Report of the King Institute of Preventive Medicine, Guindy
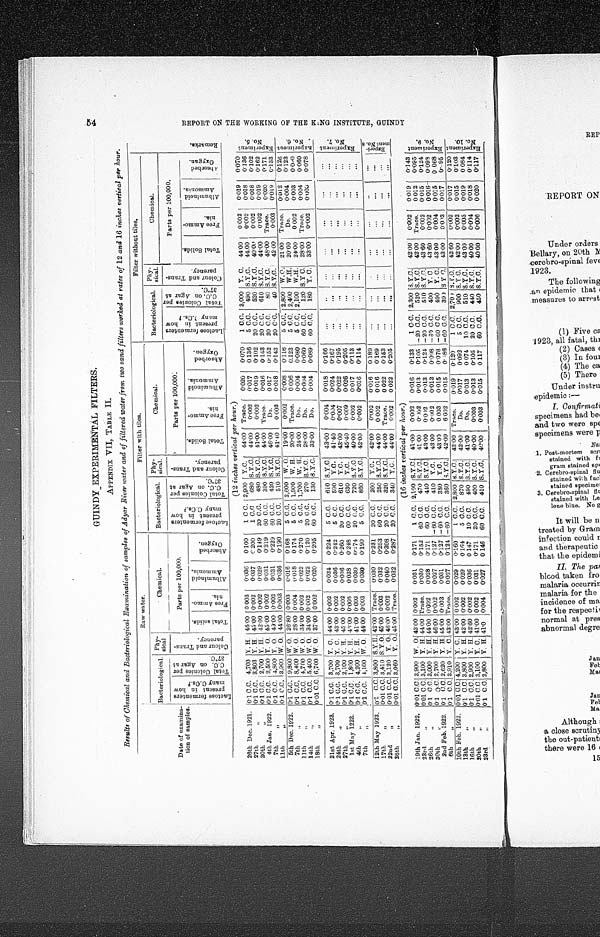
GUINDY EXPERIMENTAL FILTERS,
APPENDIX VII, TABLE II.
Results of Chemical and Bacteriological Examination of samples of Adyar River water and of filtered water from two sand filters worked at rates of 12 and 16 inches vertical per hour.
Date of examina-
tion of samples.
Raw water.
Filter with tiles.
Filter without tiles.
R e m a r k s .
Bacteriological.
Phy-
sical
Chemical.
Bacteriological.
Phy-
sical.
Chemical.
Bacteriological.
Phy-
sical.
Chemical.
Parts per 100,000.
Lactose
L a c t o s e f e r m e n t e r s p r e s e n t i n h o w m a n y C . C s . ?
T o t a l C o l o n i e s p e r C . C . o n A g a r a t 3 7 º C .
Parts per 100,000.
L a c t o s e f e r m e n t e r s p r e s e n t i n h o w m a n y C . C s . ?
T o t a l C o l o n i e s p e r C . C . o n A g a r a t 3 7 º C .
C o l o u r a n d T r a n s - p a r e n c y .
L a c t o s e f e r m e n t e r s p r e s e n t i n h o w m a n y C . C s . ?
T o t a l C o l o n i e s p e r C . C . o n A g a r a t 3 7 º C .
C o l o u r a n d T r a n s - p a r e n c y .
Parts per 100,000.
C o l o u r a n d T r a n s - p a r e n c y . T o t a l s o l i d s .
F r e e A m m o - n i a .
A l b u m i n o i d A m m o n i a .
A b s o r b e d O x y g e n .
T o t a l S o l i d s .
F r e e A m m o - n i a .
A l b u m i n o i d A m m o n i a .
A b s o r b e d O x y g e n .
T o t a l S o l i d s .
F r e e A m m o - n i a .
A l d u m i n o i d A m m o n i a .
A b s o r b e d O x y g a n .
(12 inches vertical per hour. )
26th Dec. 1921.
0.1 C.C. 4,700 Y. H. 46.00
0.003
0.036
0.100
1 C C. 2,900
Y.C.
44.00
Trace.
0.020
0.070
1 C.C. 3,000
Y. C.
44.00
0.002
0.019
0.070
E x p e r i m e n t N o . 5 .
27th "
0.1 C.C. 3,803 Y. H. 45.00 0.002
0.037
0.200
1 C.C
680 S. Y.C.
44.00
0.002
0.017
0.136
5 C.C.
490 S.Y.C.
44.00
0.002
0.018
0.136
30th "
0.1 C.C.
2,700 Y. H. 42.00 0.002 0.029
0.149
20 C.C.
480 S.Y.C.
41.00
0.002
0.019
0.102
20 C.C.
520 S.Y.C.
40.00
0.002
0.018
0.102
4th Jan. 1922.
0.1 C.C. 2,500 Y. O. 45.00 0.002
0.031
0.219
60 C.C.
390 S.Y.C.
44.00
Trace.
0.016
0.143
20 C.C.
610
S . Y . C
44.00
0.002
0.019
0.162
7th "
0.1 C.C.
4,800 Y. O.
49.00 0.002
0.031
0.229
60 C.C.
420 S.Y.C.
46.00
Do.
0.017
0.152
20 C.C.
80 S.Y.C.
48.00
Trace.
0.020
0.171
11t h "
0.1 C.C. 3,900 W. O.
44.00 0.003
0.036
0.190
20 C.C.
510 S.Y.C.
41.40
0.003
0.018
0.143
20 C.C.
40 S.Y.C.
42.00
0.003
0.019
0.133
5th Dec. 1922.
0 . 1 C . C . 9,800 W. O.
26.80 0.003
0.016
0.168
5 C.C. 2,600
W. O.
19.00
0.002
0.008
0.116
5 C.C. 2,800
W. O.
21.00
Trace.
0.012
0.126
Ex p e r i me n t No . 6 .
7th "
0 . 1 C . C . 8,400 W. O.
28.00 0.004
0.018
0.174
5 C.C.
1,900
W. H.
20.00
Trace.
0 006
0.123
5 C.C.
2,400
W.H.
20.60
Do.
0.004
0.123
1 1 t h "
0.1 C.C.
4,700 W. O. 34.00 0.002
0.022
0.270
5 C.C. 1,700
W. H.
24.00
Do.
0.004
0.080
5 C.C. 2,100
W.H.
24.00
0.002
0.003
0.0<illgeble>0
14th "
0.1 C.C.
5.400 W. O.
34.00 0.002
0.022
0.120
20 C.C.
270 S.Y.C.
28.00
Do.
0.004
0.060
60 C.C.
120 S.Y C.
28.00
Trace.
0.004
0.060
18th "
0.01 C.C. 6,700 W. O.
37.00 0.002 0.020
0.205
60 C.C.
130 S.Y.C.
33.00
Do.
0.004
0.089
60 C.C.
180
Y. C.
33.00
0.002
0.003
0.078
21st Apr. 1923.
0.1 C.C.
3,700 Y. C. 44.00 0.002
0.034
0.224
5 C.C.
610 S.Y.C.
43.00
0.004
0.018
0.166
. . .
. . . . . .
. . .
. . .
. . .
. . .
Exper i ment No. 7.
24th "
0.1 C.C. 3,700 Y. C.
43.00 0.002
0.036
0.242
5 C.C.
590
Y.C.
41.40
0.004
0.024
0.167
. . .
. . .
. . .
. . .
. . .
. . .
. . .
27t h "
0.1 C.C. 2,100 Y. H. 45.00 0.002
0.036
0.260
20 C.C.
610
Y.C.
43.00
0.007
0.022
0.195
. . .
. . .
. . .
. . .
. . .
. . .
. . .
1st May 1223.
0.1 C.C. 1,800 Y. H. 46.00 0.005
0.038
0.248
60 C.C.
630
Y.C.
45.40
0.009
0.026
0.205
. . .
. . .
. . .
. . .
. . .
. . .
. . .
4th "
0.1 C.C. 4,200 Y. H. 41.00 0.003
0.030
0.174
20 C.C.
720 S. Y .C.
40.00
0.002
0.017
0.113
. . .
. . .
. . .
. . .
. . .
. . .
. . .
7th "
0.1 C.C. 4,100
W. O. 44.00 0.003
0.030
0.190
5 C.C.
860 S.Y.C.
42.00
0.002
0.016
0.114
. . .
. . . . . .
. . .
. . .
. . .
. . .
12th May 1923. 0.1 C.C. 3,800 S.Y.H. 42.00 Trace.
0.030
0.231
20 C.C.
260
Y.C.
42.00
0.002
0.016
0. 189
. . .
. . .
. . .
. . .
. . .
. . .
. . .
E x p e r i - m e n t N o . 8 .
17th "
0.01 C.C. 3,410 S.Y.O. 45.00 0.003
0.032
0.253
60 C.C.
250 S.Y.C.
44.00
0.002
0.016
0.169
. . .
. . .
. . .
. . .
. . .
. . .
. . .
22nd "
0.01 C.C. 3,120
Y. O. 46.00 0.002
0.040
0.308
20 C.C.
320 S.Y.C.
44.00
Trace.
0.022
0.153
. . .
. . .
. . .
. . .
. . .
. . .
. . .
26th "
0.01 C.C. 3,060
Y. O. 45.00 Trace.
0.032
0.287
20 C.C.
340
Y.C.
44.00
0.002
0.022
0.205
. . .
. . .
. . .
. . .
. . .
. . .
. . .
(16 inches vertical per hour. )
19th Jan. 1922.
0.01 C.C. 3,900 W.O. 42.00 0.002
0.031
0.171 1 C.C.
2 , 1 0 0
S.Y.C.
41.00
0.002 0.016
0.133
1 C.C. 2,300 S.Y.C.
42.00
0.002
0.019
0.143
E x p e r i m e n t N o . 9 .
23rd "
0.01 C.C. 3,100
Y. H. 44.00 Trace.
0.030
0.152
60 C.C.
470 S.Y.C.
41.00
0.002
0.013
0.105 -20 C.C.
520 S.Y.C.
42.00
Trace.
0.012
0.095
26th "
0.1 C.C. 3,000 Y. H. 44.00 0.002
0.028
0.171
60 C.C.
440 S.Y.C.
43.00
0.002
0.013
0.124 -20 C.C.
510 S.Y.C
43.60
0.002
0.015
0.124
30th "
0.1 C.C. 2,700
Y. H. 46.00 0.002
0.027
0.127 -60 C.C.
410
Y.C.
43.00
0.002
0.013
0.098 -60 C.C.
400
Y. C
43.60
0.002
0.016
0.098
2nd Feb. 1922.
0.1 C.C. 2,620 Y. H. 45.00 0.003
0.031
0.127 -60 C.C.
380
Y.C.
43.00
0.003
0.015
0.078 -60 C C.
490
Y. C.
43.00
0.004
0.015
0.068
6th "
0.1 C.C. 3,910 Y. C. 43.00 Trace.
0.027
0.124 -60 C.C.
360 S.Y.C.
42.00
6.002
0.015
0.<illegible>86 -60 C.C.
390 S Y C.
43.00
0.003
0.017
0.<illgeble>95
10th Feb. 1922.
0.1 C.C. 4,200
Y. C. 43.00 0 002
0.029
0.160
1 C.C. 2,800 S.Y.C.
42.00
Trace.
0.019
0.120
1 C.C.
2,700 S. Y.C.
42.60
0.002
0.017
0.120
Experi ment No. 10.
13th "
0.1 C.C. 3,800
Y. H. 42.00
0.002
0.029
0.164
5 C.C.
870 S.Y.C.
42.00
Do.
0.017
0.092
5 C.C.
900 S.Y.C.
42.00
0.002
0.015
0.103
16th "
0.1 C.C. 2,900
Y. H. 42.60 0.002
0.036
0.147
10 C.C.
490 S.Y.C.
41.00
Do.
0.013
0 074
10 C.C.
510 S.Y.C.
43.00
0.005
0.019
0.084
20th "
0.01 C.C. 3,100
Y. C. 41.00 0 002
0.031
0.171
20 C.C.
400 S.Y.C.
40.00
0.003
0.013
0.105
20 C.C.
440 S.Y.C.
40.00
0.004
0.018
0.114
23rd "
0.1 C.C. 2,800
Y. H. 41.0
0.004
0.027
0.146
60 C.C.
410 S.Y.C.
40.00
0.003
0.015
0 117
60 C.C.
450 S.Y.C.
40.00
0.006
0 020
0.117
R E P O R T O N T H E W O R K I N G O F T H E K I N G I N S T I T U T E , G U I N D Y